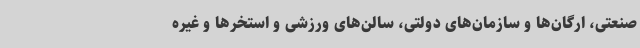
صنعتی، ارگان‌ها و سازمان‌های دولتی، سالن‌های ورزشی و استخرها و غیره